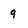
Character: 9